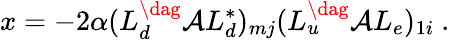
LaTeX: x=-2\alpha(L_{d}^{\dag}{\cal A}L_{d}^{*})_{mj}(L_{u}^{\dag}{\cal A}L_{e})_{1i}~.